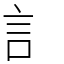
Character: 訁